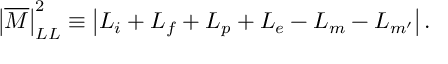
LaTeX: \left| { \overline { { { \cal M } } } } \right| _ { L L } ^ { 2 } \equiv \left| { \cal L } _ { i } + { \cal L } _ { f } + { \cal L } _ { p } + { \cal L } _ { e } - { \cal L } _ { m } - { \cal L } _ { m ^ { \prime } } \right| .